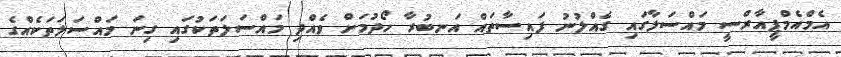
އެމްއެމްޕީއާރްސީ މައްސަލާގައި ގެއްލުނު ފައިސާތައް އަނބުރާ ހޯދުމަށް ވެއްދި މައްސަލަތަކުގައި ގިނަ މައްސަލަތަކެއްގެ